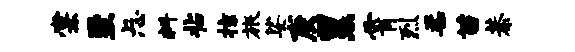
棠至忐料拈掠旅娑庚累霄烈柔苗恭